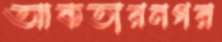
আকতারনগর